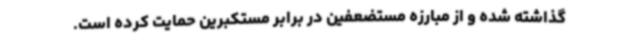
گذاشته شده و از مبارزه مستضعفین در برابر مستکبرین حمایت کرده است.